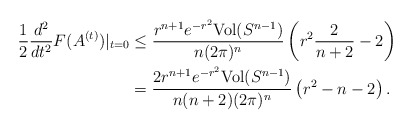
\begin{align*}\begin{aligned}\frac{1}{2}\frac{d^{2}}{dt^{2}}F(A^{(t)})|_{t=0}&\leq\frac{r^{n+1}e^{-r^{2}}\mathrm{Vol}(S^{n-1})}{n(2\pi)^{n}}\left(r^{2}\frac{2}{n+2}-2\right)\\&=\frac{2r^{n+1}e^{-r^{2}}\mathrm{Vol}(S^{n-1})}{n(n+2)(2\pi)^{n}}\left(r^{2}-n-2\right). \end{aligned}\end{align*}